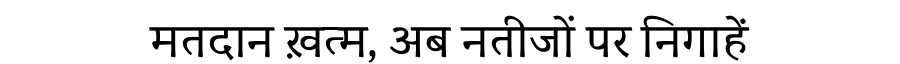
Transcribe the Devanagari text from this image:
मतदान ख़त्म, अब नतीजों पर निगाहें